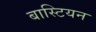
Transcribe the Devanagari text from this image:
बास्टियन